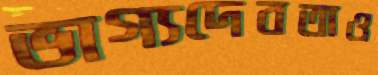
ভাগ্যদেবতাও